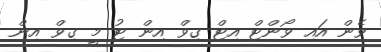
ވެން އައި ވޯންޓް އިޓް ގިވް އިން ޓު މީ ގިވް އިން